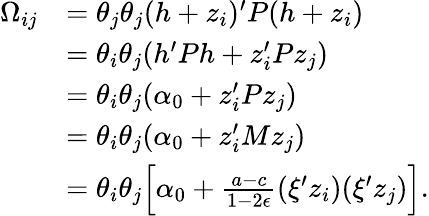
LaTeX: \begin{array}{rl}{\Omega_{ij}}&{=\theta_{j}\theta_{j}(h+z_{i})^{\prime}P(h+z_{i})}\\ &{=\theta_{i}\theta_{j}(h^{\prime}Ph+z_{i}^{\prime}Pz_{j})}\\ &{=\theta_{i}\theta_{j}(\alpha_{0}+z_{i}^{\prime}Pz_{j})}\\ &{=\theta_{i}\theta_{j}(\alpha_{0}+z_{i}^{\prime}Mz_{j})}\\ &{=\theta_{i}\theta_{j}\Bigl[\alpha_{0}+\frac{a-c}{1-2\epsilon}(\xi^{\prime}z_{i})(\xi^{\prime}z_{j})\Bigr].}\end{array}